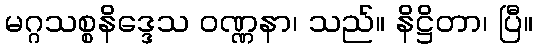
မဂ္ဂသစ္စနိဒ္ဒေသ ဝဏ္ဏနာ၊ သည်။ နိဋ္ဌိတာ၊ ပြီ။